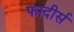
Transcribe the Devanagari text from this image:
फादीर्स